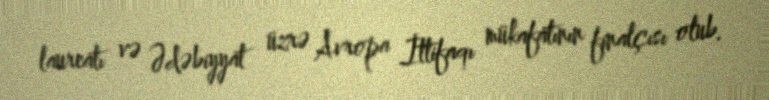
laureatı və Ədəbiyyat üzrə Avropa İttifaqı mükafatının finalçısı olub.